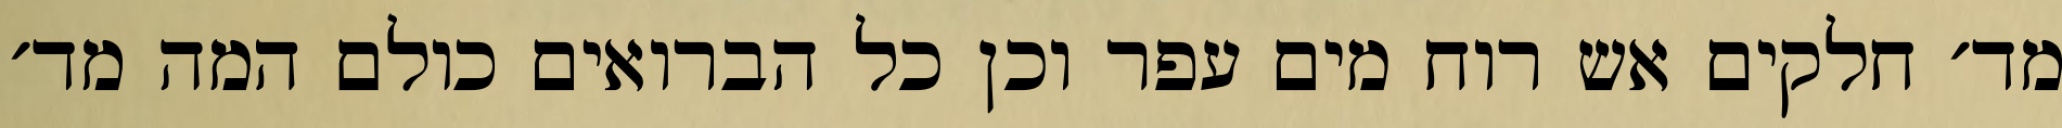
מד׳ חלקים אש רוח מים עפר וכן כל הברואים כולם המה מד׳